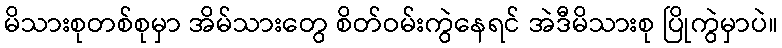
မိသားစုတစ်စုမှာ အိမ်သားတွေ စိတ်ဝမ်းကွဲနေရင် အဲဒီမိသားစု ပြိုကွဲမှာပဲ။